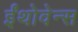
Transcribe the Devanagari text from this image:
ईंथोवेन्स